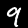
Label: 9